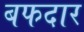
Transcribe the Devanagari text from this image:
बफदार